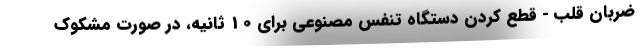
ضربان قلب - قطع کردن دستگاه تنفس مصنوعی برای 10 ثانیه، در صورت مشکوک